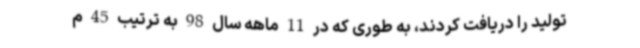
تولید را دریافت کردند، به طوری که در 11 ماهه سال 98 به ترتیب 45 م